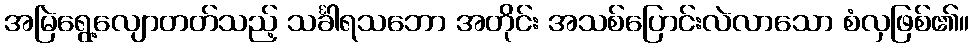
အမြဲရွေ့လျောတတ်သည့် သင်္ခါရသဘော အတိုင်း အသစ်ပြောင်းလဲလာသော စံလှဖြစ်၏။